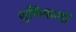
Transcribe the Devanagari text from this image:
शुक्तिकायों